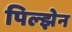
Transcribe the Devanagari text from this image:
पिल्झेन